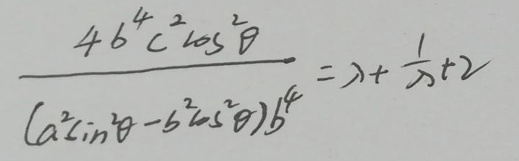
\[
\frac{4b^{4}c^{2}\cos^{2}\theta}{(a^{2}\sin^{2}\theta - b^{2}\cos^{2}\theta)b^{4}}=\lambda+\frac{1}{\lambda}+2
\]